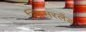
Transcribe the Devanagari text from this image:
स्विसरलँड